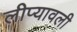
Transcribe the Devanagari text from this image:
लीप्यावली